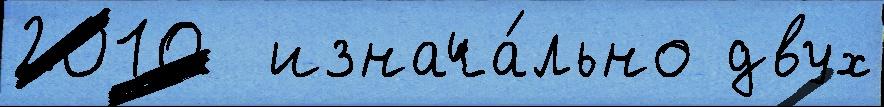
2010  изнача́льно двух